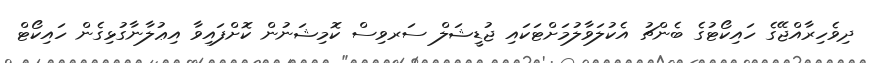
ދިވެހިރާއްޖޭގެ ހައިކޯޓުގެ ބެންޗު އެކުލަވާލުމަށްޓަކައި ޖުޑީޝަލް ސަރވިސް ކޮމިޝަނުން ކޮށްފައިވާ އިޢުލާނާގުޅިގެން ހައިކޯޓް